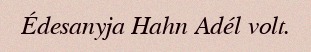
Édesanyja Hahn Adél volt.